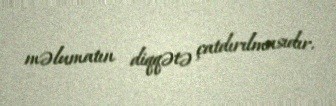
məlumatın diqqətə çatdırılmasıdır.